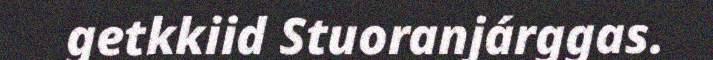
getkkiid Stuoranjárggas.